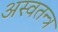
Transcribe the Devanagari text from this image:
अस्वतन्त्र